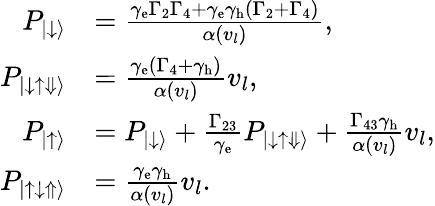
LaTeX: \begin{array}{rl}{P_{|\downarrow\rangle}}&{=\frac{\gamma_{\textrm{e}}\Gamma_{2}\Gamma_{4}+\gamma_{\textrm{e}}\gamma_{\textrm{h}}(\Gamma_{2}+\Gamma_{4})}{\alpha(v_{l})},}\\ {P_{|\downarrow\uparrow\Downarrow\rangle}}&{=\frac{\gamma_{\textrm{e}}(\Gamma_{4}+\gamma_{\textrm{h}})}{\alpha(v_{l})}v_{l},}\\ {P_{\left|\uparrow\right\rangle}}&{=P_{|\downarrow\rangle}+\frac{\Gamma_{23}}{\gamma_{\textrm{e}}}P_{|\downarrow\uparrow\Downarrow\rangle}+\frac{\Gamma_{43}\gamma_{\textrm{h}}}{\alpha(v_{l})}v_{l},}\\ {P_{|\uparrow\downarrow\Uparrow\rangle}}&{=\frac{\gamma_{\textrm{e}}\gamma_{\textrm{h}}}{\alpha(v_{l})}v_{l}.}\end{array}